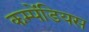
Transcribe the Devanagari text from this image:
कम्पेंडियस